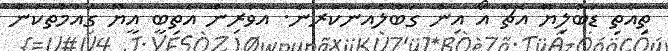
ތިއެތި ޑަބުލިޔޫ އެޗް އޯ އިން ގަބޫލެއްނުކުރާނެ. އެވެރިން އެތިބީ އީޔޫ ގައުމުތަކުން